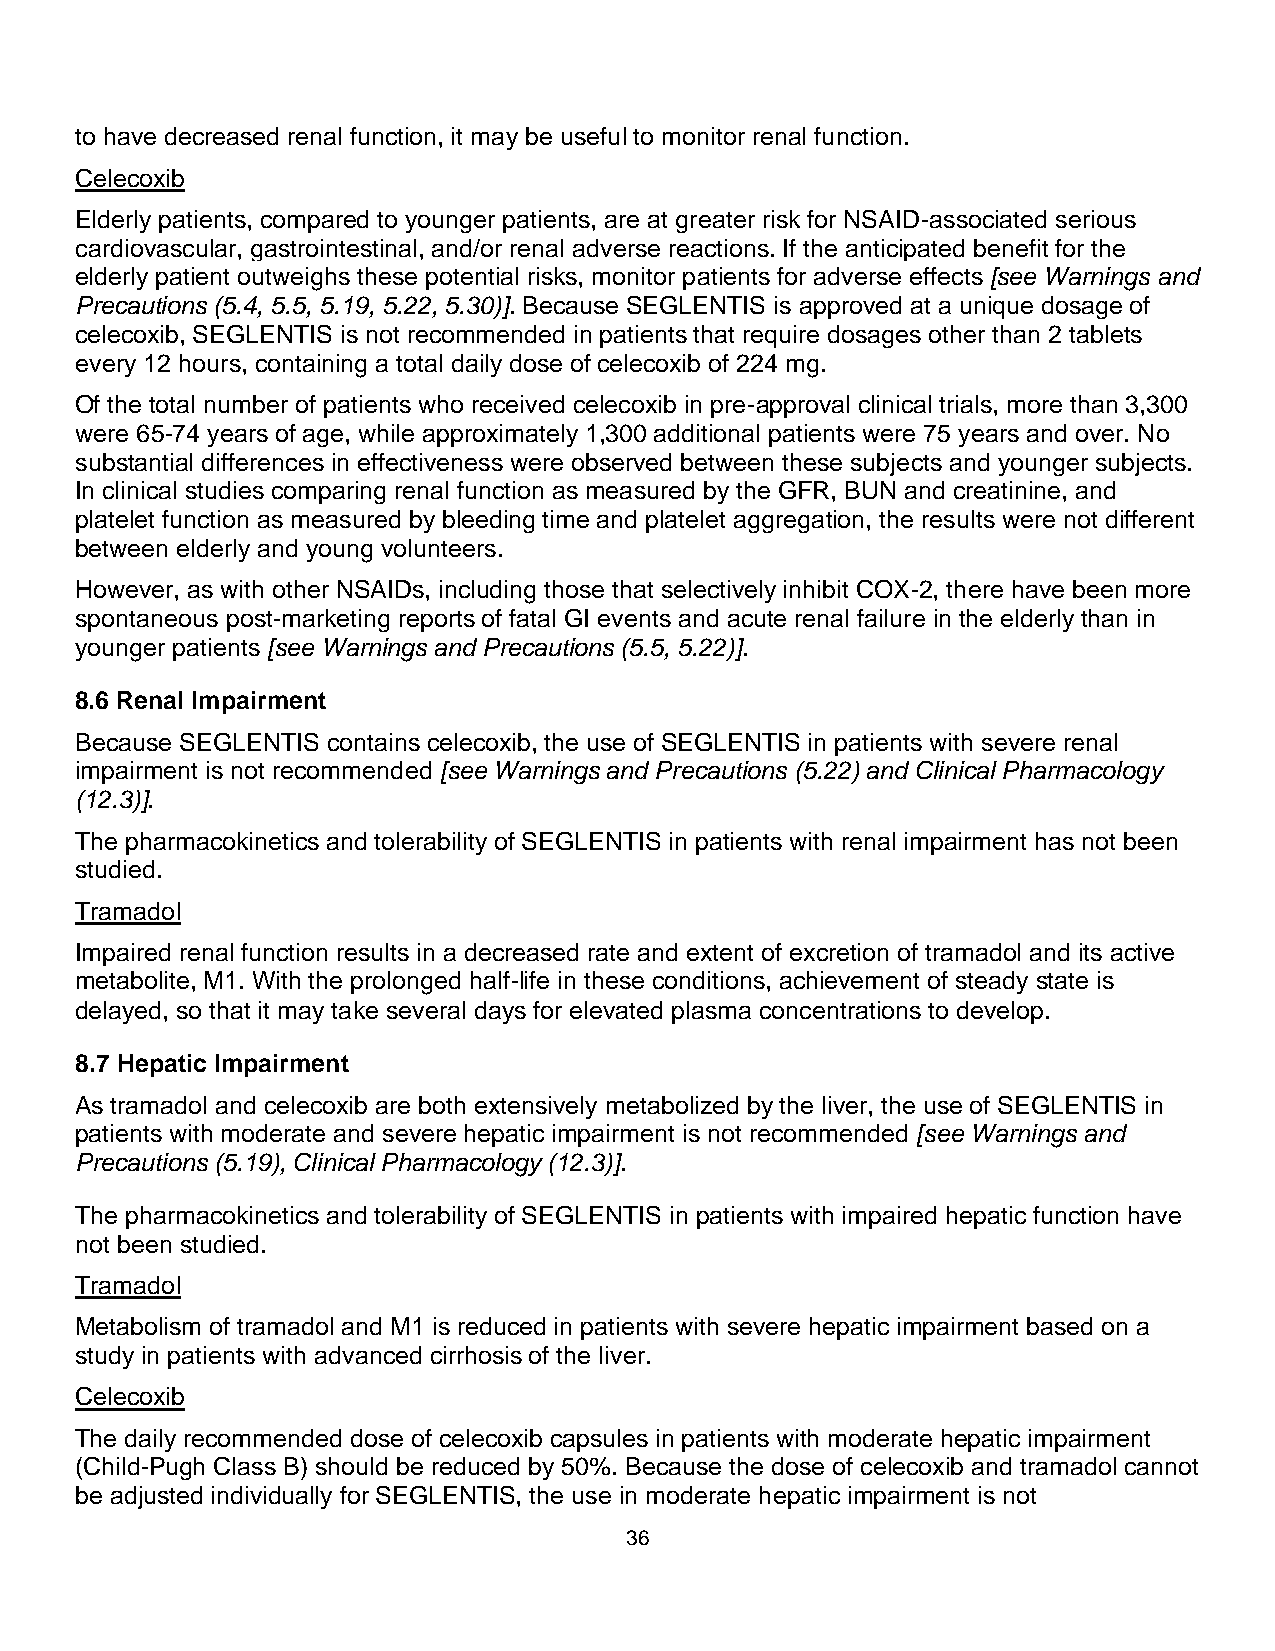
to have decreased renal function, it may be useful to monitor renal function.
 Celecoxib
 Elderly patients, compared to younger patients, are at greater risk for NSAID-associated serious
 cardiovascular, gastrointestinal, and/or renal adverse reactions. If the anticipated benefit for the
 elderly patient outweighs these potential risks, monitor patients for adverse effects [see Warnings and
 Precautions (5.4, 5.5, 5.19, 5.22, 5.30)]. Because SEGLENTIS is approved at a unique dosage of
 celecoxib, SEGLENTIS is not recommended in patients that require dosages other than 2 tablets
 every 12 hours, containing a total daily dose of celecoxib of 224 mg.
 Of the total number of patients who received celecoxib in pre-approval clinical trials, more than 3,300
 were 65-74 years of age, while approximately 1,300 additional patients were 75 years and over. No
 substantial differences in effectiveness were observed between these subjects and younger subjects.
 In clinical studies comparing renal function as measured by the GFR, BUN and creatinine, and
 platelet function as measured by bleeding time and platelet aggregation, the results were not different
 between elderly and young volunteers.
 However, as with other NSAIDs, including those that selectively inhibit COX-2, there have been more
 spontaneous post-marketing reports of fatal GI events and acute renal failure in the elderly than in
 younger patients [see Warnings and Precautions (5.5, 5.22)].
 8.6 Renal Impairment
 Because SEGLENTIS contains celecoxib, the use of SEGLENTIS in patients with severe renal
 impairment is not recommended [see Warnings and Precautions (5.22) and Clinical Pharmacology
 (12.3)].
 The pharmacokinetics and tolerability of SEGLENTIS in patients with renal impairment has not been
 studied.
 Tramadol
 Impaired renal function results in a decreased rate and extent of excretion of tramadol and its active
 metabolite, M1. With the prolonged half-life in these conditions, achievement of steady state is
 delayed, so that it may take several days for elevated plasma concentrations to develop.
 8.7 Hepatic Impairment
 As tramadol and celecoxib are both extensively metabolized by the liver, the use of SEGLENTIS in
 patients with moderate and severe hepatic impairment is not recommended [see Warnings and
 Precautions (5.19), Clinical Pharmacology (12.3)].
 The pharmacokinetics and tolerability of SEGLENTIS in patients with impaired hepatic function have
 not been studied.
 Tramadol
 Metabolism of tramadol and M1 is reduced in patients with severe hepatic impairment based on a
 study in patients with advanced cirrhosis of the liver.
 Celecoxib
 The daily recommended dose of celecoxib capsules in patients with moderate hepatic impairment
 (Child-Pugh Class B) should be reduced by 50%. Because the dose of celecoxib and tramadol cannot
 be adjusted individually for SEGLENTIS, the use in moderate hepatic impairment is not
 36